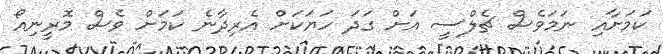
ކަމަށާއި ނަމަވެސް ޗެލްސީ އަށް ގަދަ ހަޔަކަށް އެރިދާނެ ކަމަށް ވެސް މޮރީނިއޯ